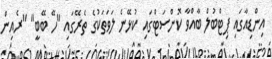
އިންޑިއާގައި ޕިޓްބުލް ބާއްވާ ކޮންސަޓްގައި ކުޅޭނެ ލަވަތަކުގެ ތެރޭގައި "ހޭ ބޭބީ" "ރެއިން